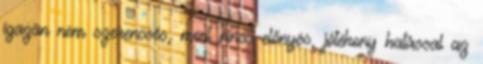
igazán nem szerencsés, mert nincs előnyös, jótékony hatással az